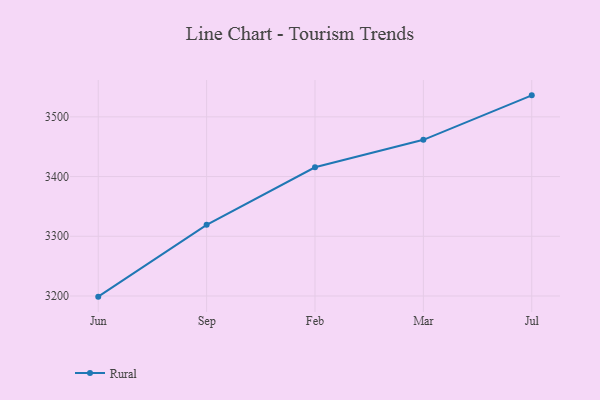
{"axis": {"x": "Month", "y": "Website Visitors"}, "legend": ["Rural"], "data": [{"x": "Jun", "y": 3198.9, "type": "Rural"}, {"x": "Sep", "y": 3319.2, "type": "Rural"}, {"x": "Feb", "y": 3415.5, "type": "Rural"}, {"x": "Mar", "y": 3461.5, "type": "Rural"}, {"x": "Jul", "y": 3536.0, "type": "Rural"}]}